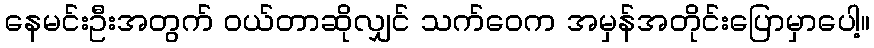
နေမင်းဦးအတွက် ဝယ်တာဆိုလျှင် သက်ဝေက အမှန်အတိုင်းပြောမှာပေါ့။